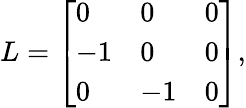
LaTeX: \begin{array}{r}{L=\left[\begin{array}{lll}{0}&{0}&{0}\\ {-1}&{0}&{0}\\ {0}&{-1}&{0}\end{array}\right],}\end{array}